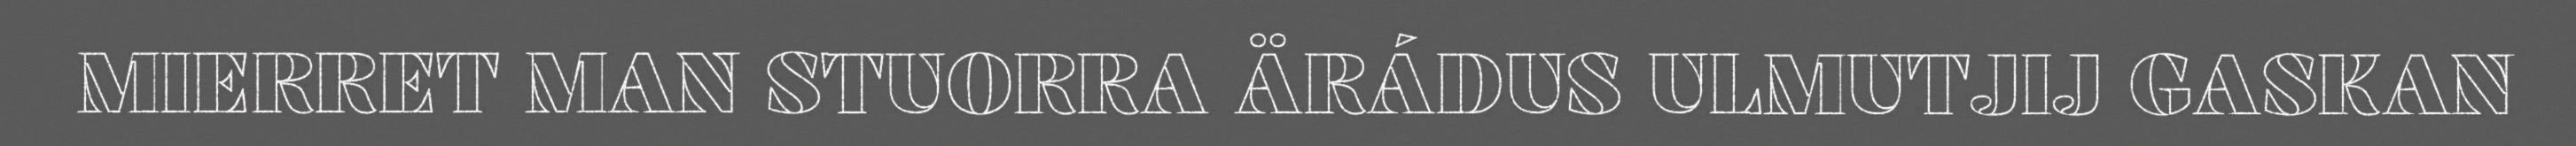
MIERRET MAN STUORRA ÄRÁDUS ULMUTJIJ GASKAN